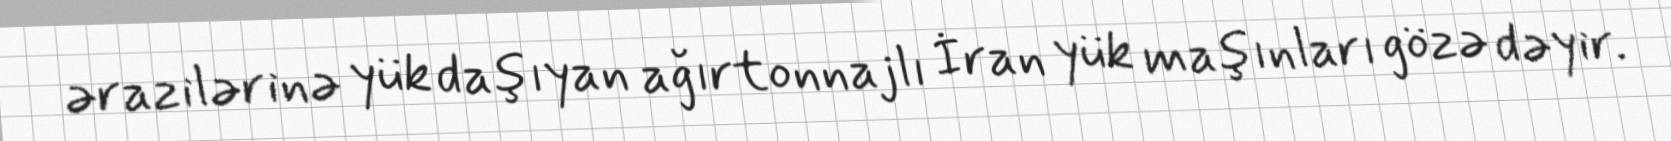
ərazilərinə yük daşıyan ağırtonnajlı İran yük maşınları gözə dəyir.